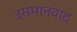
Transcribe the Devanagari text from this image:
उसमानवाद